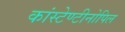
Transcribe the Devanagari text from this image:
कांस्टेण्टीनोपिल